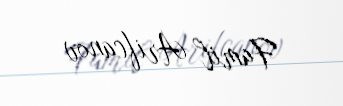
Famil Arifcanov